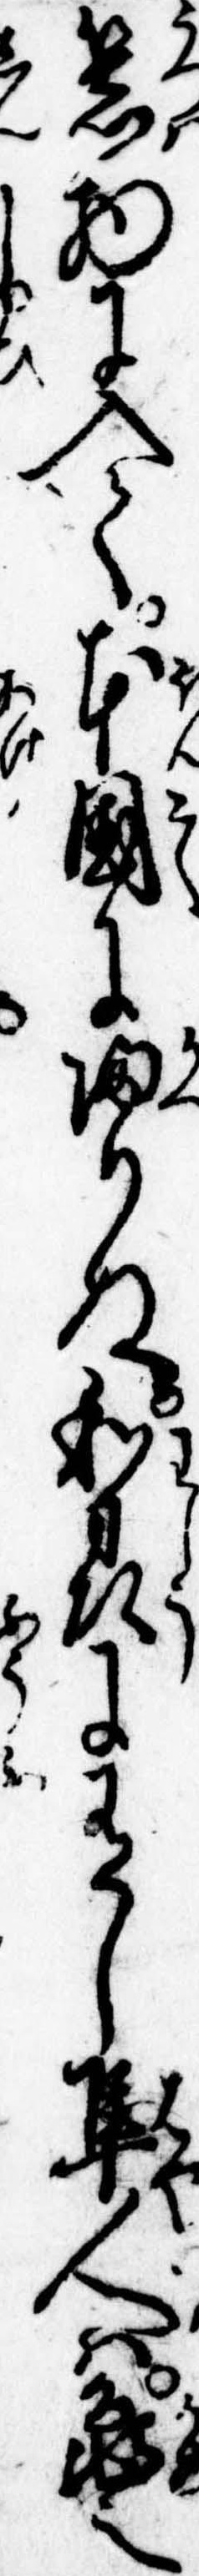
器物に入て本国に帰りぬ和刕に有し隼人は亀之